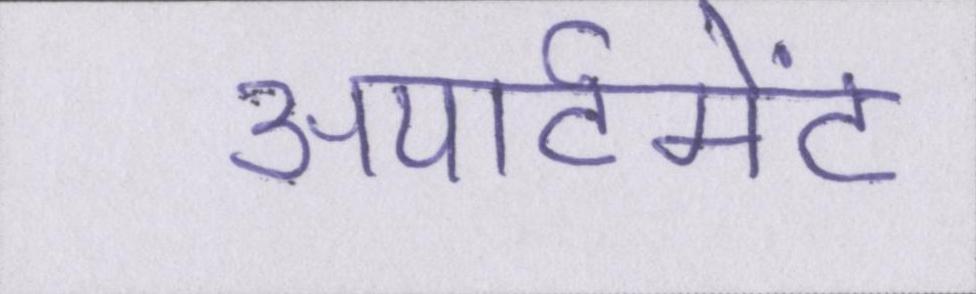
अपार्टमेंट